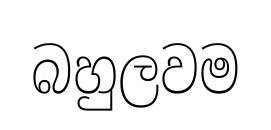
බහුලවම